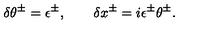
\delta \theta ^ { \pm } = \epsilon ^ { \pm } , \qquad \delta x ^ { \pm } = i \epsilon ^ { \pm } \theta ^ { \pm } .